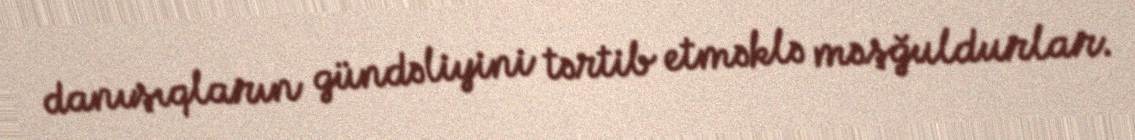
danışıqların gündəliyini tərtib etməklə məşğuldurlar.